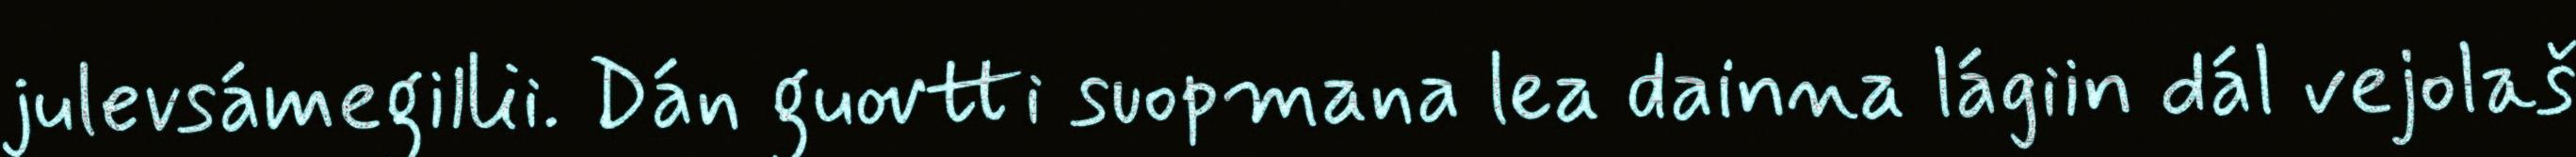
julevsámegillii. Dán guovtti suopmana lea dainna lágiin dál vejolaš